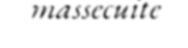
massecuite